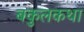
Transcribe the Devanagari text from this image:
बकुलकथा